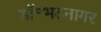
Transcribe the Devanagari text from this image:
डॉ॰भटनागर